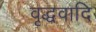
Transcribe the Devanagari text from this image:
वृद्धवादि